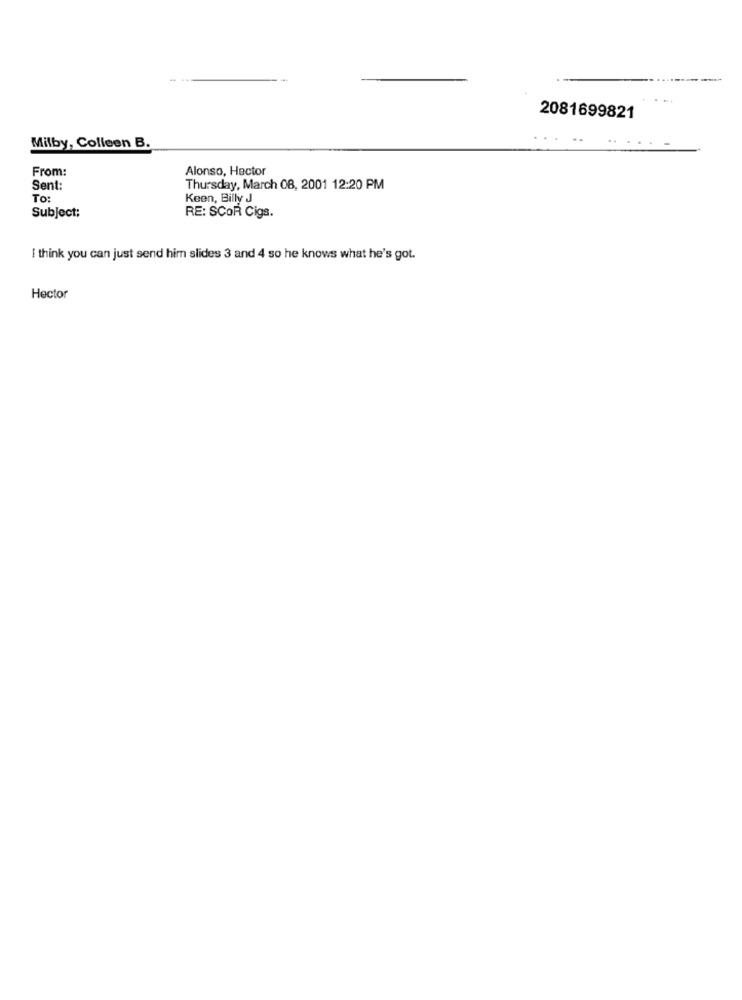
2081699821
Milby, Colleen B.
From:
Alonso, Hector
Sent:
Thursday, March 08, 2001 12:20 PM
To:
Keen, Billy J
Subject:
RE: SCOR Cigs.
I think you can just send him slides 3 and 4 so he knows what he's got.
Hector